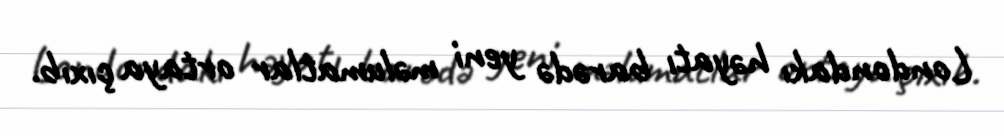
Londondakı həyatı barədə yeni məlumatlar ortaya çıxıb.